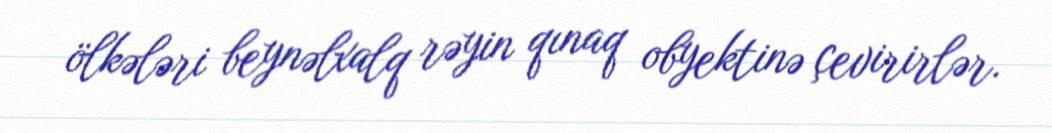
ölkələri beynəlxalq rəyin qınaq obyektinə çevirirlər.